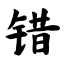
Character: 错